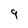
Character: 9